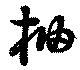
柚